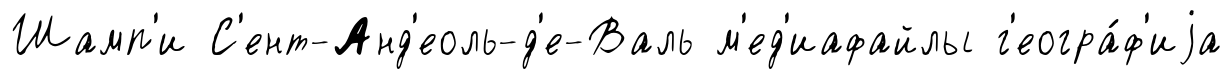
Шамп'и С'ент-Анд'еоль-д'е-Валь м'ед'иафайлы г'еогра́ф'иjа